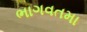
ભાગવતમા